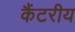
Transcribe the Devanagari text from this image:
कैंटरीय